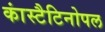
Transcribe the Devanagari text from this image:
कांस्टैटिनोपल